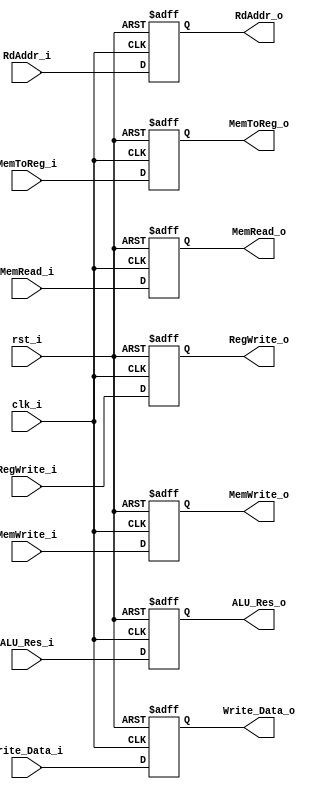
module Pipe_EX_MEM(
    clk_i,  
    rst_i,
    
    ALU_Res_i,
    ALU_Res_o,
    Write_Data_i,
    Write_Data_o,
    RdAddr_i,
    RdAddr_o,

    MemToReg_i,
    RegWrite_i,
    MemWrite_i,
    MemRead_i ,
    MemToReg_o,
    RegWrite_o,
    MemWrite_o,
    MemRead_o ,
);

input clk_i;
input rst_i;
input      [31:0] ALU_Res_i;
output reg [31:0] ALU_Res_o;
input      [31:0] Write_Data_i;
output reg [31:0] Write_Data_o;
input      [4:0]  RdAddr_i;
output reg [4:0]  RdAddr_o;

input            MemToReg_i;
input            RegWrite_i;
input            MemWrite_i;
input            MemRead_i;
output reg       MemToReg_o;
output reg       RegWrite_o;
output reg       MemWrite_o;
output reg       MemRead_o;


always @(posedge clk_i or negedge rst_i) begin
    if( ~rst_i ) begin
        ALU_Res_o <= 0;
        Write_Data_o <= 0;
        RdAddr_o <= 0;
        MemToReg_o <= 0;
        RegWrite_o <= 0;
        MemWrite_o <= 0;
        MemRead_o <= 0;
    end
    else begin
        ALU_Res_o <= ALU_Res_i;
        Write_Data_o <= Write_Data_i;
        RdAddr_o <= RdAddr_i;
        MemToReg_o <= MemToReg_i;
        RegWrite_o <= RegWrite_i;
        MemWrite_o <= MemWrite_i;
        MemRead_o <= MemRead_i;
    end
end

endmodule